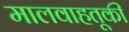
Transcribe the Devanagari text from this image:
मालवाहतूकी